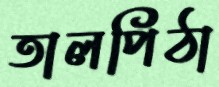
তালপিঠা